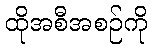
ထိုအစီအစဉ်ကို